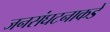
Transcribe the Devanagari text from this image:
जनसंघटनाकडे